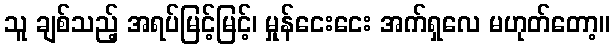
သူ ချစ်သည့် အရပ်မြင့်မြင့်၊ မှုန်ငေးငေး အက်ရှလေ မဟုတ်တော့။